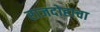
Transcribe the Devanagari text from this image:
राजदोहाचा